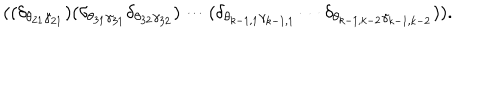
( ( \delta _ { \theta _ { 2 1 } \gamma _ { 2 1 } } ) ( \delta _ { \theta _ { 3 1 } \gamma _ { 3 1 } } \delta _ { \theta _ { 3 2 } \gamma _ { 3 2 } } ) \cdots ( \delta _ { \theta _ { k - 1 , 1 } \gamma _ { k - 1 , 1 } } \cdots \delta _ { \theta _ { k - 1 , k - 2 } \gamma _ { k - 1 , k - 2 } } ) ) .